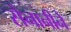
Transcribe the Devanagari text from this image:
सेनानीने